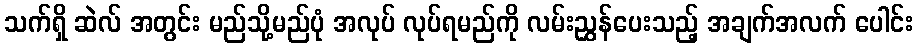
သက်ရှိ ဆဲလ် အတွင်း မည်သို့မည်ပုံ အလုပ် လုပ်ရမည်ကို လမ်းညွှန်ပေးသည့် အချက်အလက် ပေါင်း